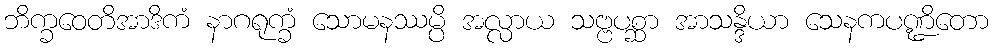
ဘိက္ခဝေတိအာဒိကံ နာဂရုက္ခံ သောမနဿမ္ပိ အလ္လာယ သဗ္ဗပစ္ဆာ အာသန္ဒိယာ သေနကပဏ္ဍိတော